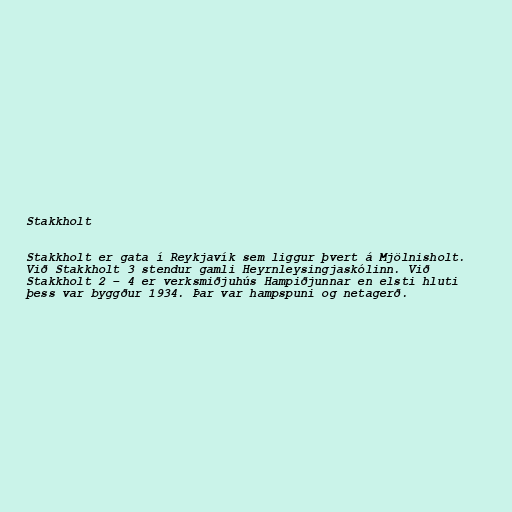
Stakkholt

Stakkholt er gata í Reykjavík sem liggur þvert á Mjölnisholt.
Við Stakkholt 3 stendur gamli Heyrnleysingjaskólinn. Við
Stakkholt 2 – 4 er verksmiðjuhús Hampiðjunnar en elsti hluti
þess var byggður 1934. Þar var hampspuni og netagerð.